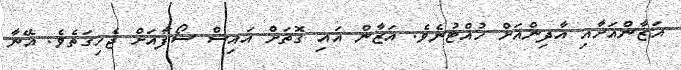
އަޒާންއަށާއި އާދިންއަށް ހުއްޓުނެވެ. އަޒާން އައި ގޮތަށް އައިސް ސޯފާއަށް ޖެހިގަތެވެ. އޭނާ